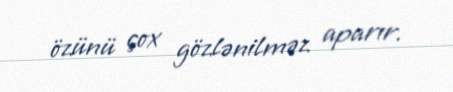
özünü çox gözlənilməz aparır.